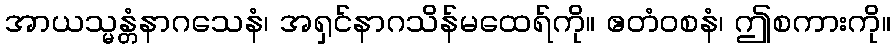
အာယသ္မန္တံနာဂသေနံ၊ အရှင်နာဂသိန်မထေရ်ကို။ ဧတံဝစနံ၊ ဤစကားကို။